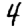
Digit: 4